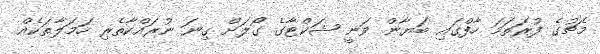
މެޗުގެ ފުރަތަމަ ހާފްގައި ބަޔާން ވަނީ ޝަކްޓާގެ ގޯލަށް ގިނަ ނުރައްކާތެރި ހަމަލާތަކެއް